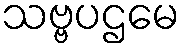
သဗ္ဗပဌမေ